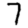
Digit: 7